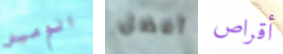
الوميض أفضل أقراص